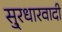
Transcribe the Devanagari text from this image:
सु्रधारवादी